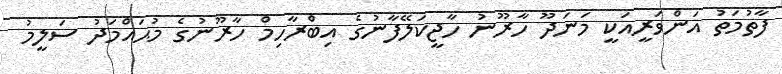
ފާތުމަތު އަންވަރީއަކީ މަނަދޫ ހާރޫނު ހާޖީކަލޭފާނުގެ އިބްރާހިމް ހާރޫނުގެ މުޙައްމަދު ސަލީމު